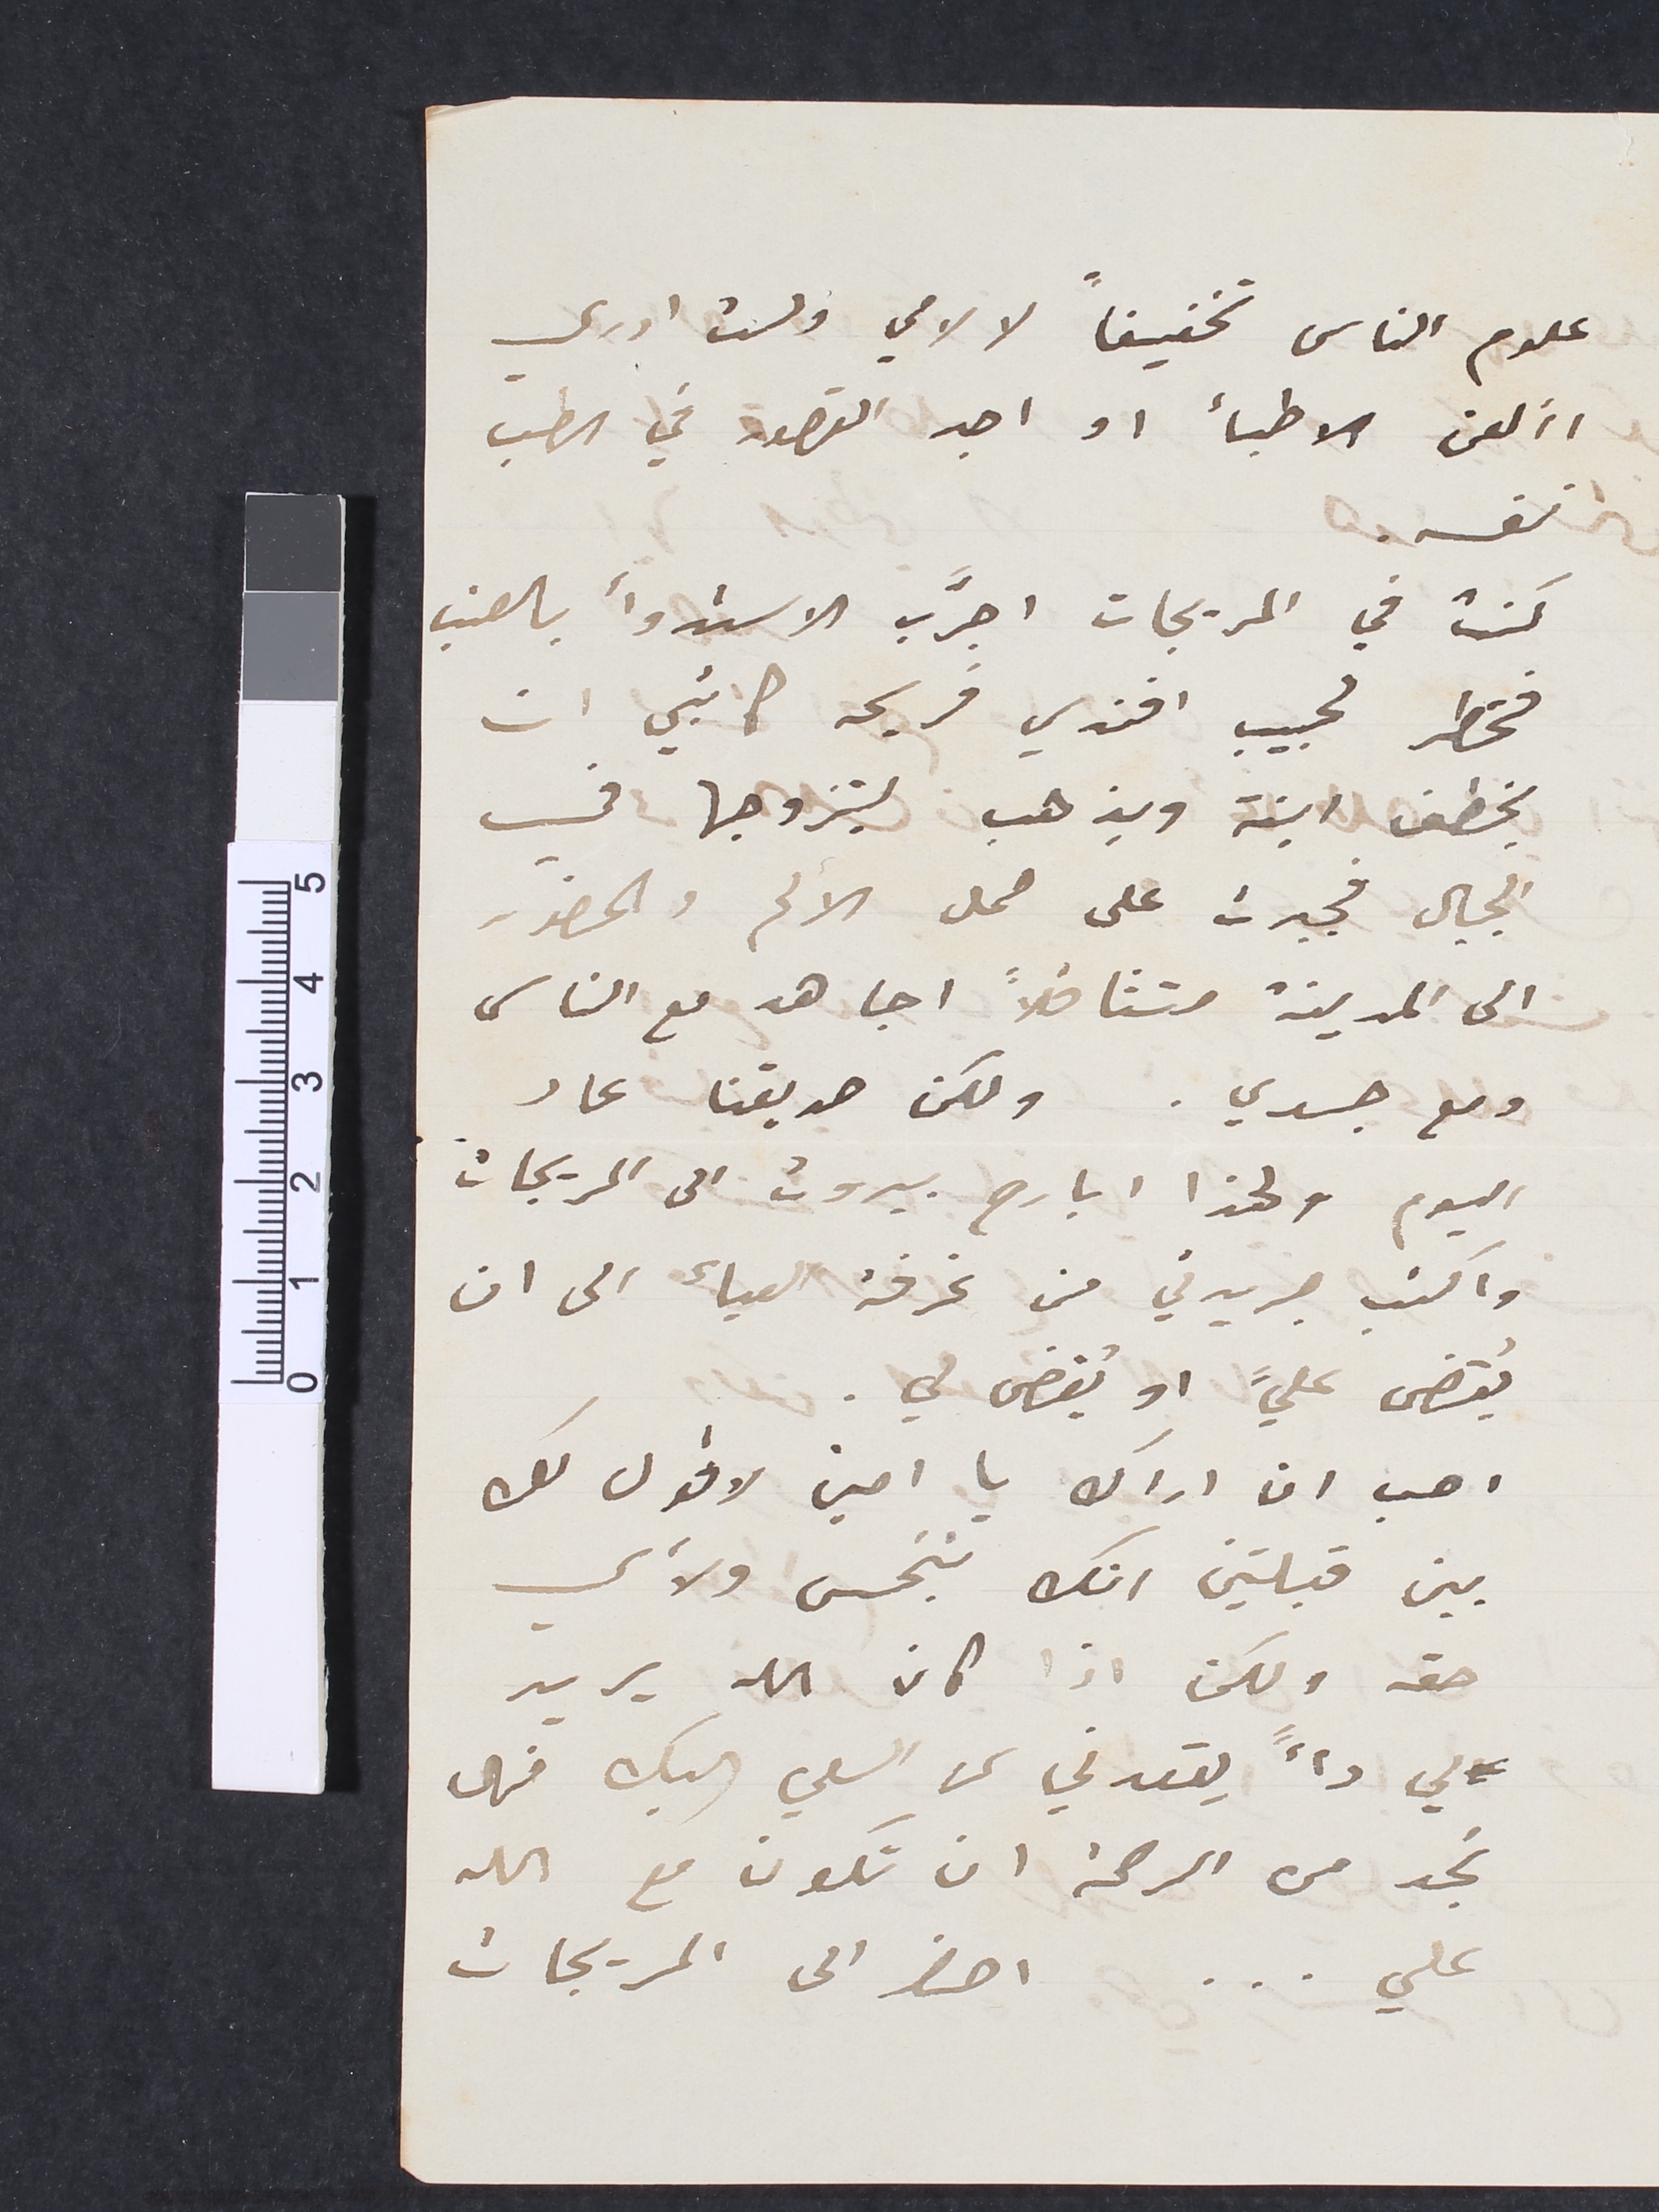
علوم الناس تخفيفاً لالامي ولست ادري
األعن الاطبأ او اجد القصور في الطب
نفسه.
كنت في المريجات اجرَّب الاستدوأ بالعنب
فخطر لحبيب افندي فريحة كاتبي ان

يخطف ابنة ويذهب ليتزوجها في
الجبال فجبرت على حمل الالم والحضور
الى المدينة متثاقلاً اجاهد مع الناس
ومع جسدي . ولكن صديقنا عاد
اليوم ولهذا ابارح بيروت الى المريجات
واكتب جريدتي من غرفة العياء الى ان
يُقضي عليً اويُقضى لي.
احب ان اراك يا امين لاقول لك
بين قبلتين انك تبخس ولأي
حق ولكن اذا كان الله يريد
لي داءً يقعدني عن السعي اليك فهل
تجد من الرحمة ان تكون مع الله
علي... احضر الى المريجات